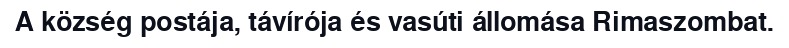
A község postája, távírója és vasúti állomása Rimaszombat.